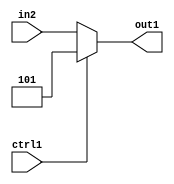
`timescale 1ps / 1ps
/*****************************************************************************
    Verilog RTL Description
    
    
    Created by: Stratus DpOpt 2019.1.01 
*******************************************************************************/

module dut_N_Mux_3_2_4_4 (
	in2,
	ctrl1,
	out1
	); /* architecture "behavioural" */ 
input [2:0] in2;
input  ctrl1;
output [2:0] out1;
wire [2:0] asc001;

reg [2:0] asc001_tmp_0;
assign asc001 = asc001_tmp_0;
always @ (ctrl1 or in2) begin
	case (ctrl1)
		1'B1 : asc001_tmp_0 = 3'B101 ;
		default : asc001_tmp_0 = in2 ;
	endcase
end

assign out1 = asc001;
endmodule

/* CADENCE  uLL1SQA= : u9/ySgnWtBlWxVPRXgAZ4Og= ** DO NOT EDIT THIS LINE ******/